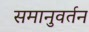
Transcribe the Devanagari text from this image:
समानुवर्तन